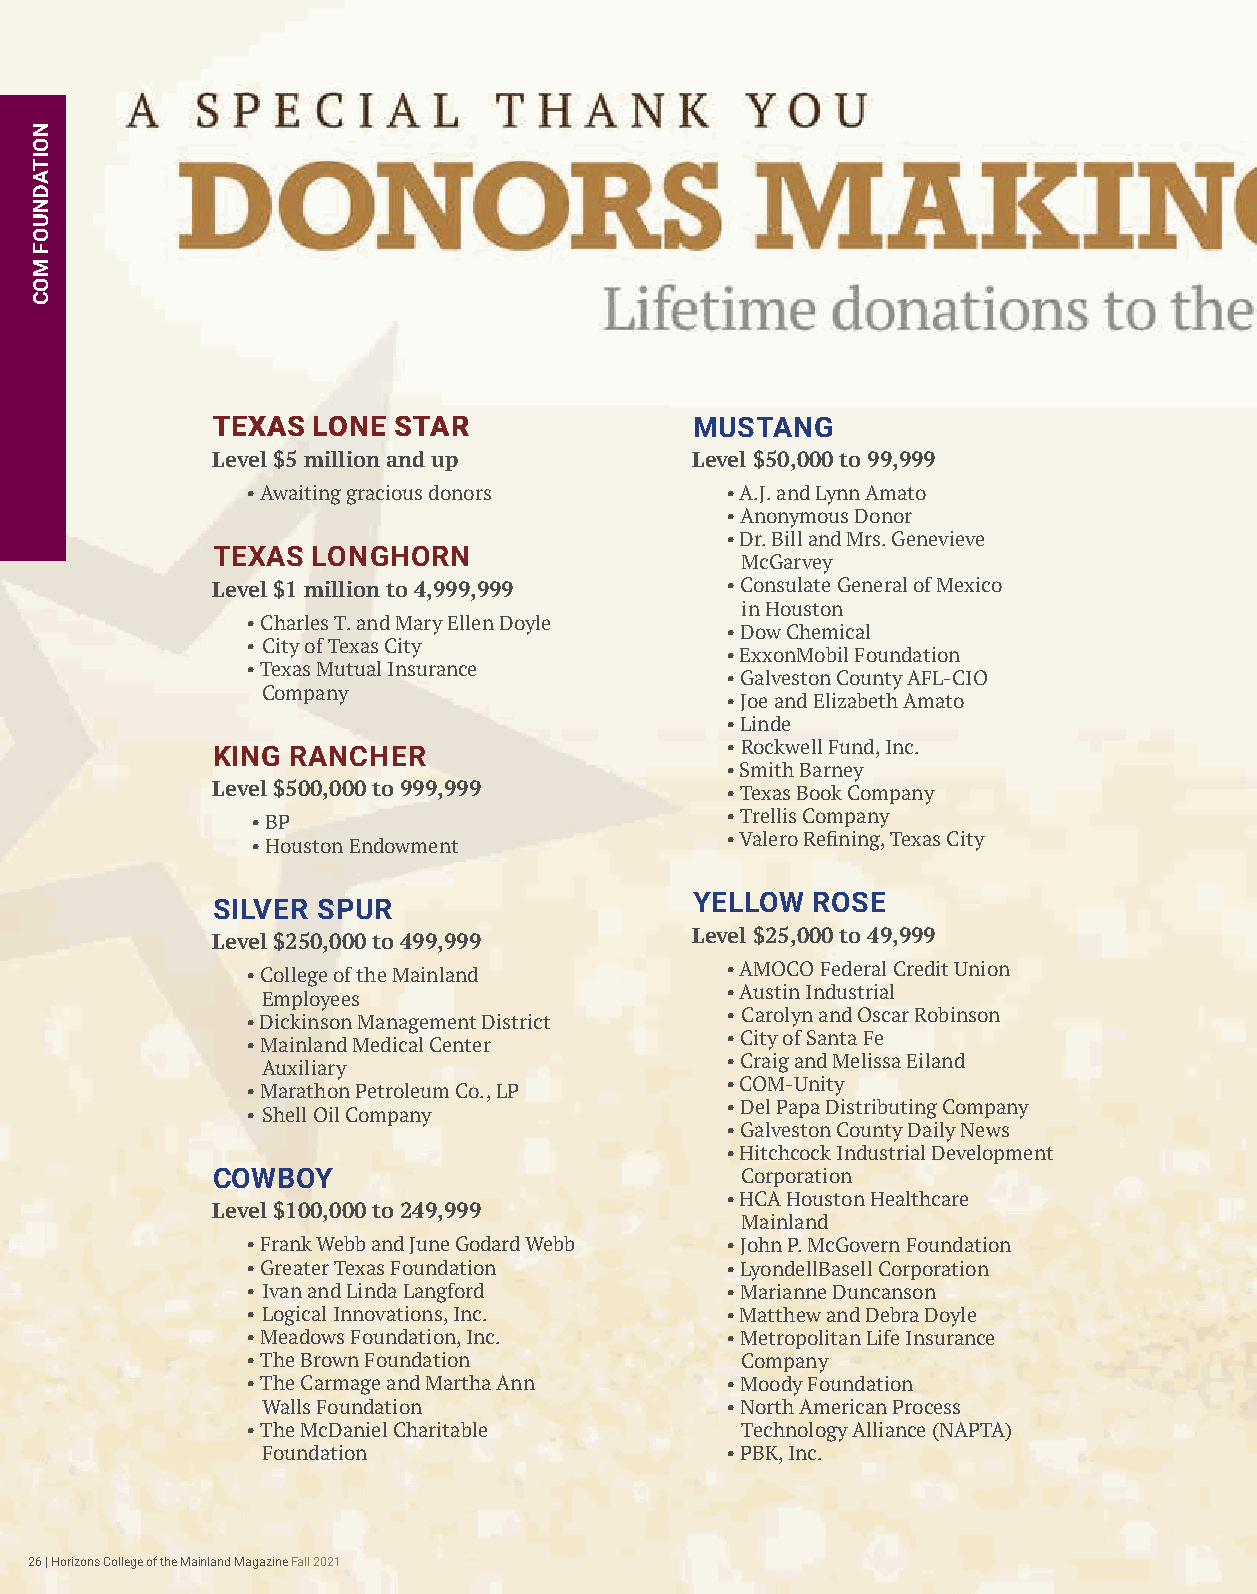
TEXAS  LONE STAR                MUSTANG
 Level $5 million and up         Level $50,000 to 99,999
 • Awaiting gracious donors      • A.J. and Lynn Amato
 • Anonymous Donor
 • Dr. Bill and Mrs. Genevieve
 TEXAS  LONGHORN
 McGarvey
 Level $1 million to 4,999,999     • Consulate General of Mexico
 in Houston
 • Charles T. and Mary Ellen Doyle
 • Dow Chemical
 • City of Texas City
 • ExxonMobil Foundation
 • Texas Mutual Insurance
 • Galveston County AFL-CIO
 Company
 • Joe and Elizabeth Amato
 • Linde
 KING RANCHER                      • Rockwell Fund, Inc.
 • Smith Barney
 Level $500,000 to 999,999         • Texas Book Company
 • Trellis Company
 • BP
 • Valero Refining, Texas City
 • Houston Endowment
 SILVER SPUR
 YELLOW  ROSE
 Level $25,000 to 49,999
 Level $250,000 to 499,999
 • AMOCO Federal Credit Union
 • College of the Mainland
 • Austin Industrial
 Employees
 • Carolyn and Oscar Robinson
 • Dickinson Management District
 • City of Santa Fe
 • Mainland Medical Center
 • Craig and Melissa Eiland
 Auxiliary
 • COM-Unity
 • Marathon Petroleum Co., LP
 • Del Papa Distributing Company
 • Shell Oil Company
 • Galveston County Daily News
 • Hitchcock Industrial Development
 COWBOY                             Corporation
 • HCA Houston Healthcare
 Level $100,000 to 249,999
 Mainland
 • Frank Webb and June Godard Webb • John P. McGovern Foundation
 • Greater Texas Foundation      • LyondellBasell Corporation
 • Ivan and Linda Langford       • Marianne Duncanson
 • Logical Innovations, Inc.     • Matthew and Debra Doyle
 • Meadows Foundation, Inc.      • Metropolitan Life Insurance
 • The Brown Foundation           Company
 • The Carmage and Martha Ann    • Moody Foundation
 Walls Foundation               • North American Process
 • The McDaniel Charitable        Technology Alliance (NAPTA)
 Foundation                     • PBK, Inc.
 26 | Horizons College of the Mainland Magazine Fall 2021
 NOITADNUOF
 MOC